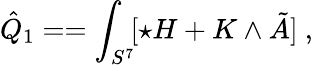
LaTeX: \hat{Q}_{1}==\int_{S^{7}}\! [\star H+K\wedge\tilde{A}]\ ,